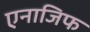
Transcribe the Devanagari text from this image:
एनाजिफ